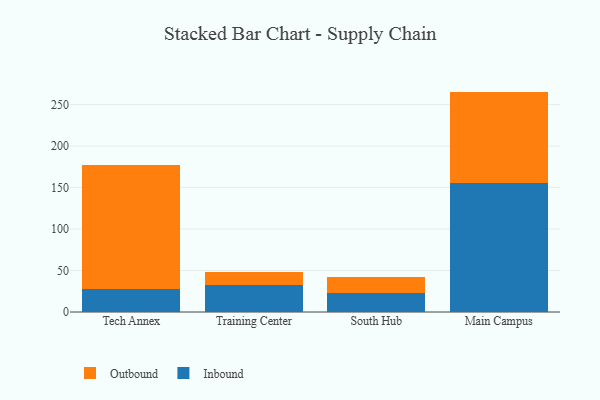
{"axis": {"x": "Campus", "y": "Bounce Rate (%)"}, "legend": ["Inbound", "Outbound"], "data": [{"x": "Tech Annex", "y": 27.6, "type": "Inbound"}, {"x": "Tech Annex", "y": 149.3, "type": "Outbound"}, {"x": "Training Center", "y": 32.1, "type": "Inbound"}, {"x": "Training Center", "y": 16.6, "type": "Outbound"}, {"x": "South Hub", "y": 22.7, "type": "Inbound"}, {"x": "South Hub", "y": 19.9, "type": "Outbound"}, {"x": "Main Campus", "y": 155.1, "type": "Inbound"}, {"x": "Main Campus", "y": 110.5, "type": "Outbound"}]}